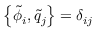
\left\{ \tilde { \phi } _ { i } , \tilde { q } _ { j } \right\} = \delta _ { i j }